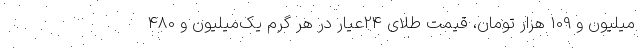
میلیون و 109 هزار تومان، قیمت طلای 24عیار در هر گرم یک‌میلیون و 480